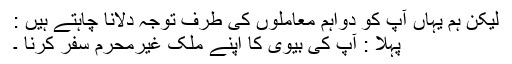
لیکن ہم یہاں آپ کو دواہم معاملوں کی طرف توجہ دلانا چاہتے ہيں :
پہلا : آپ کی بیوی کا اپنے ملک غیرمحرم سفر کرنا ۔